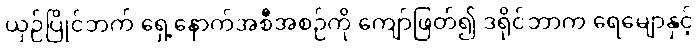
ယှဉ်ပြိုင်ဘက် ရှေ့နောက်အစီအစဉ်ကို ကျော်ဖြတ်၍ ဒရိုင်ဘာက ရေမျောနှင့်